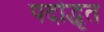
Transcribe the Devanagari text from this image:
पदोद्धृत